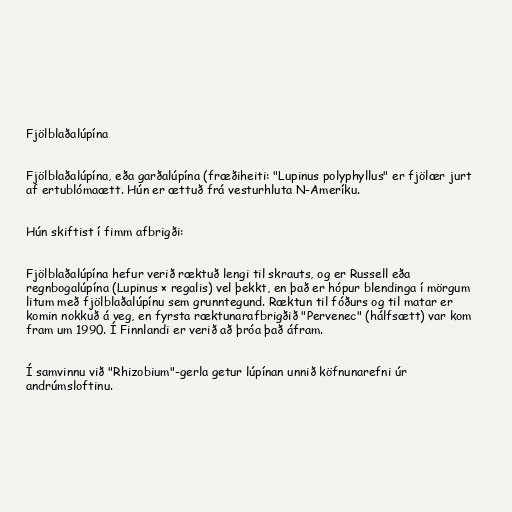
Fjölblaðalúpína

Fjölblaðalúpína, eða garðalúpína (fræðiheiti: "Lupinus polyphyllus" er fjölær jurt
af ertublómaætt. Hún er ættuð frá vesturhluta N-Ameríku.

Hún skiftist í fimm afbrigði:

Fjölblaðalúpína hefur verið ræktuð lengi til skrauts, og er Russell eða
regnbogalúpína (Lupinus × regalis) vel þekkt, en það er hópur blendinga í mörgum
litum með fjölblaðalúpínu sem grunntegund. Ræktun til fóðurs og til matar er
komin nokkuð á veg, en fyrsta ræktunarafbrigðið "Pervenec" (hálfsætt) var kom
fram um 1990. Í Finnlandi er verið að þróa það áfram.

Í samvinnu við "Rhizobium"-gerla getur lúpínan unnið köfnunarefni úr
andrúmsloftinu.